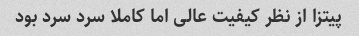
پیتزا از نظر کیفیت عالی اما کاملا سرد سرد بود